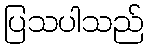
ပြသပါသည်